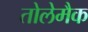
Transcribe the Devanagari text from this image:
तोलेमैक